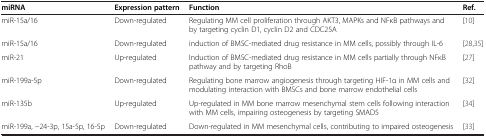
<table><thead><tr><td><b>miRNA</b></td><td><b>Expression pattern</b></td><td><b>Function</b></td><td><b>Ref.</b></td></tr></thead><tbody><tr><td>miR-15a/16</td><td>Down-regulated</td><td>Regulating MM cell proliferation through AKT3, MAPKs and NFκB pathways and by targeting cyclin D1, cyclin D2 and CDC25A</td><td>[10]</td></tr><tr><td>miR-15a/16</td><td>Down-regulated</td><td>induction of BMSC-mediated drug resistance in MM cells, possibly through IL-6</td><td>[28,35]</td></tr><tr><td>miR-21</td><td>Up-regulated</td><td>Induction of BMSC-mediated drug resistance in MM cells partially through NFκB pathway and by targeting RhoB</td><td>[27]</td></tr><tr><td>miR-199a-5p</td><td>Down-regulated</td><td>Regulating bone marrow angiogenesis through targeting HIF-1α in MM cells and modulating interaction with BMSCs and bone marrow endothelial cells</td><td>[32]</td></tr><tr><td>miR-135b</td><td>Up-regulated</td><td>Up-regulated in MM bone marrow mesenchymal stem cells following interaction with MM cells, impairing osteogenesis by targeting SMAD5</td><td>[34]</td></tr><tr><td>miR-199a, -24-3p, 15a-5p, 16-5p</td><td>Down-regulated</td><td>Down-regulated in MM mesenchymal cells, contributing to impaired osteogenesis</td><td>[33]</td></tr></tbody></table>